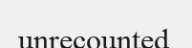
unrecounted